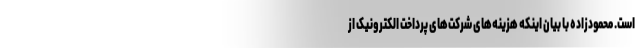
است. محمودزاده با بیان اینکه هزینه‌های شرکت‌های پرداخت الکترونیک از